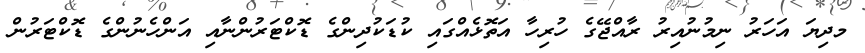
މދިޔަ އަހަރު ނިމުނުއިރު ރާއްޖޭގެ ހުރިހާ އަތޮޅެއްގައި ކުޑަކުދިންގެ ޑޮކްޓަރުންނާއި އަންހެނުންގެ ޑޮކްޓަރުން